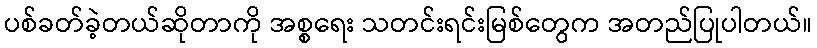
ပစ်ခတ်ခဲ့တယ်ဆိုတာကို အစ္စရေး သတင်းရင်းမြစ်တွေက အတည်ပြုပါတယ်။